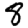
Digit: 8